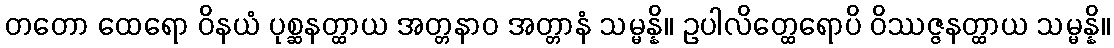
တတော ထေရော ဝိနယံ ပုစ္ဆနတ္ထာယ အတ္တနာဝ အတ္တာနံ သမ္မန္နိ။ ဥပါလိတ္ထေရောပိ ဝိဿဇ္ဇနတ္ထာယ သမ္မန္နိ။